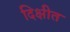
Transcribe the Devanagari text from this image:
दिक्षीत